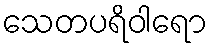
သေတပရိဝါရော